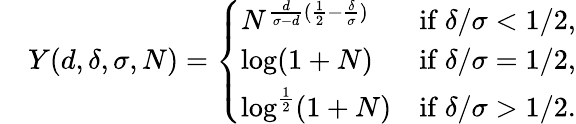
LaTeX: \begin{array}{rl}&{Y(d,\delta,\sigma,N)=\left\{ \begin{array}{ll}{N^{\frac{d}{\sigma-d}(\frac 12-\frac\delta\sigma)}}&{\mathrm{if~}\delta/\sigma<1/2,}\\ {\log(1+N)}&{\mathrm{if~}\delta/\sigma=1/2,}\\ {\log^{\frac{1}{2}}(1+N)}&{\mathrm{if~}\delta/\sigma>1/2.}\end{array}\right.}\end{array}